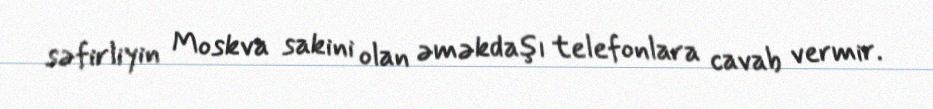
səfirliyin Moskva sakini olan əməkdaşı telefonlara cavab vermir.